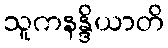
သူကနန္ဒိယာတိ